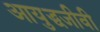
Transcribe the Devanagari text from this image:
आयुद्धजीवी